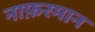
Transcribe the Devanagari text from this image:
नाफ़रमान